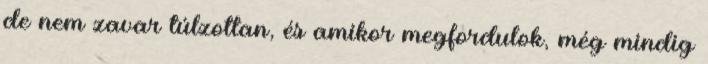
de nem zavar túlzottan, és amikor megfordulok, még mindig